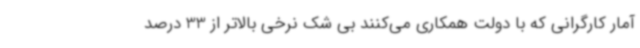
آمار کارگرانی که با دولت همکاری می‌کنند بی شک نرخی بالاتر از 33 درصد